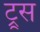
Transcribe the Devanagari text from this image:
ट्रूस